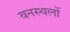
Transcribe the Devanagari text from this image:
वनस्थलों